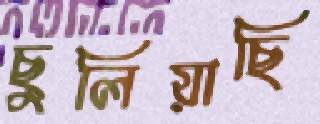
ছুলিয়াছি